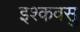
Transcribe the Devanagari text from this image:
इश्कवसु